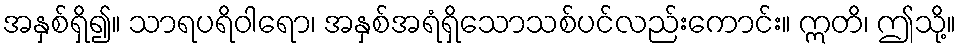
အနှစ်ရှိ၍။ သာရပရိဝါရော၊ အနှစ်အရံရှိသောသစ်ပင်လည်းကောင်း။ ဣတိ၊ ဤသို့။